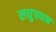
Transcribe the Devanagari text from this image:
लघुपथन